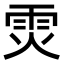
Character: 𮦉